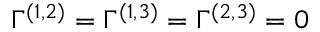
\Gamma ^ { ( 1 , 2 ) } = \Gamma ^ { ( 1 , 3 ) } = \Gamma ^ { ( 2 , 3 ) } = 0